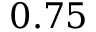
0 . 7 5